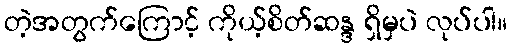
တဲ့အတွက်ကြောင့် ကိုယ့်စိတ်ဆန္ဒ ရှိမှပဲ လုပ်ပါ။